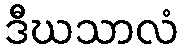
ဒီဃသာလံ